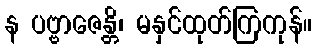
န ပဗ္ဗာဇေန္တိ၊ မနှင်ထုတ်ကြကုန်။